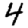
Digit: 4